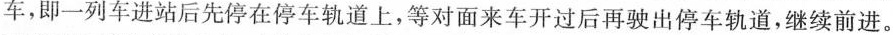
车，即一列车进站后先停在停车轨道上，等对面来车开过后再驶出停车轨道，继续前进。